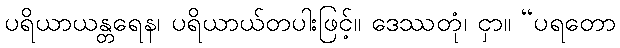
ပရိယာယန္တရေန၊ ပရိယာယ်တပါးဖြင့်။ ဒေဿတုံ၊ ငှာ။ “ပရတော